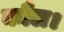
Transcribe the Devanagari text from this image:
कौल।